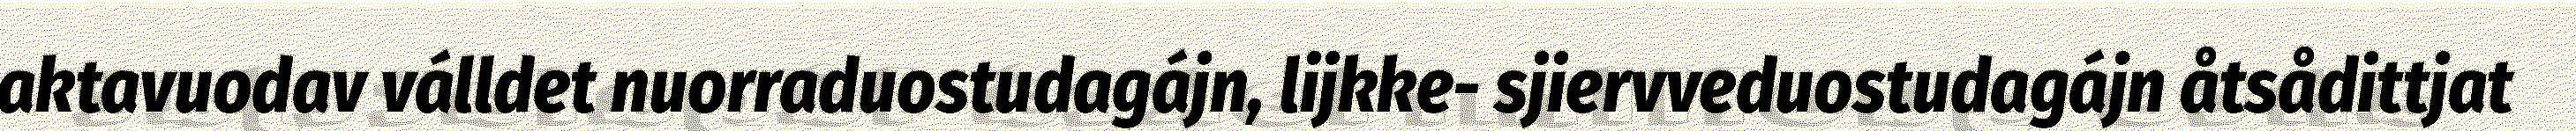
aktavuodav válldet nuorraduostudagájn, lijkke- sjiervveduostudagájn åtsådittjat